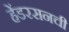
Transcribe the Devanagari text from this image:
हेंडरसनची